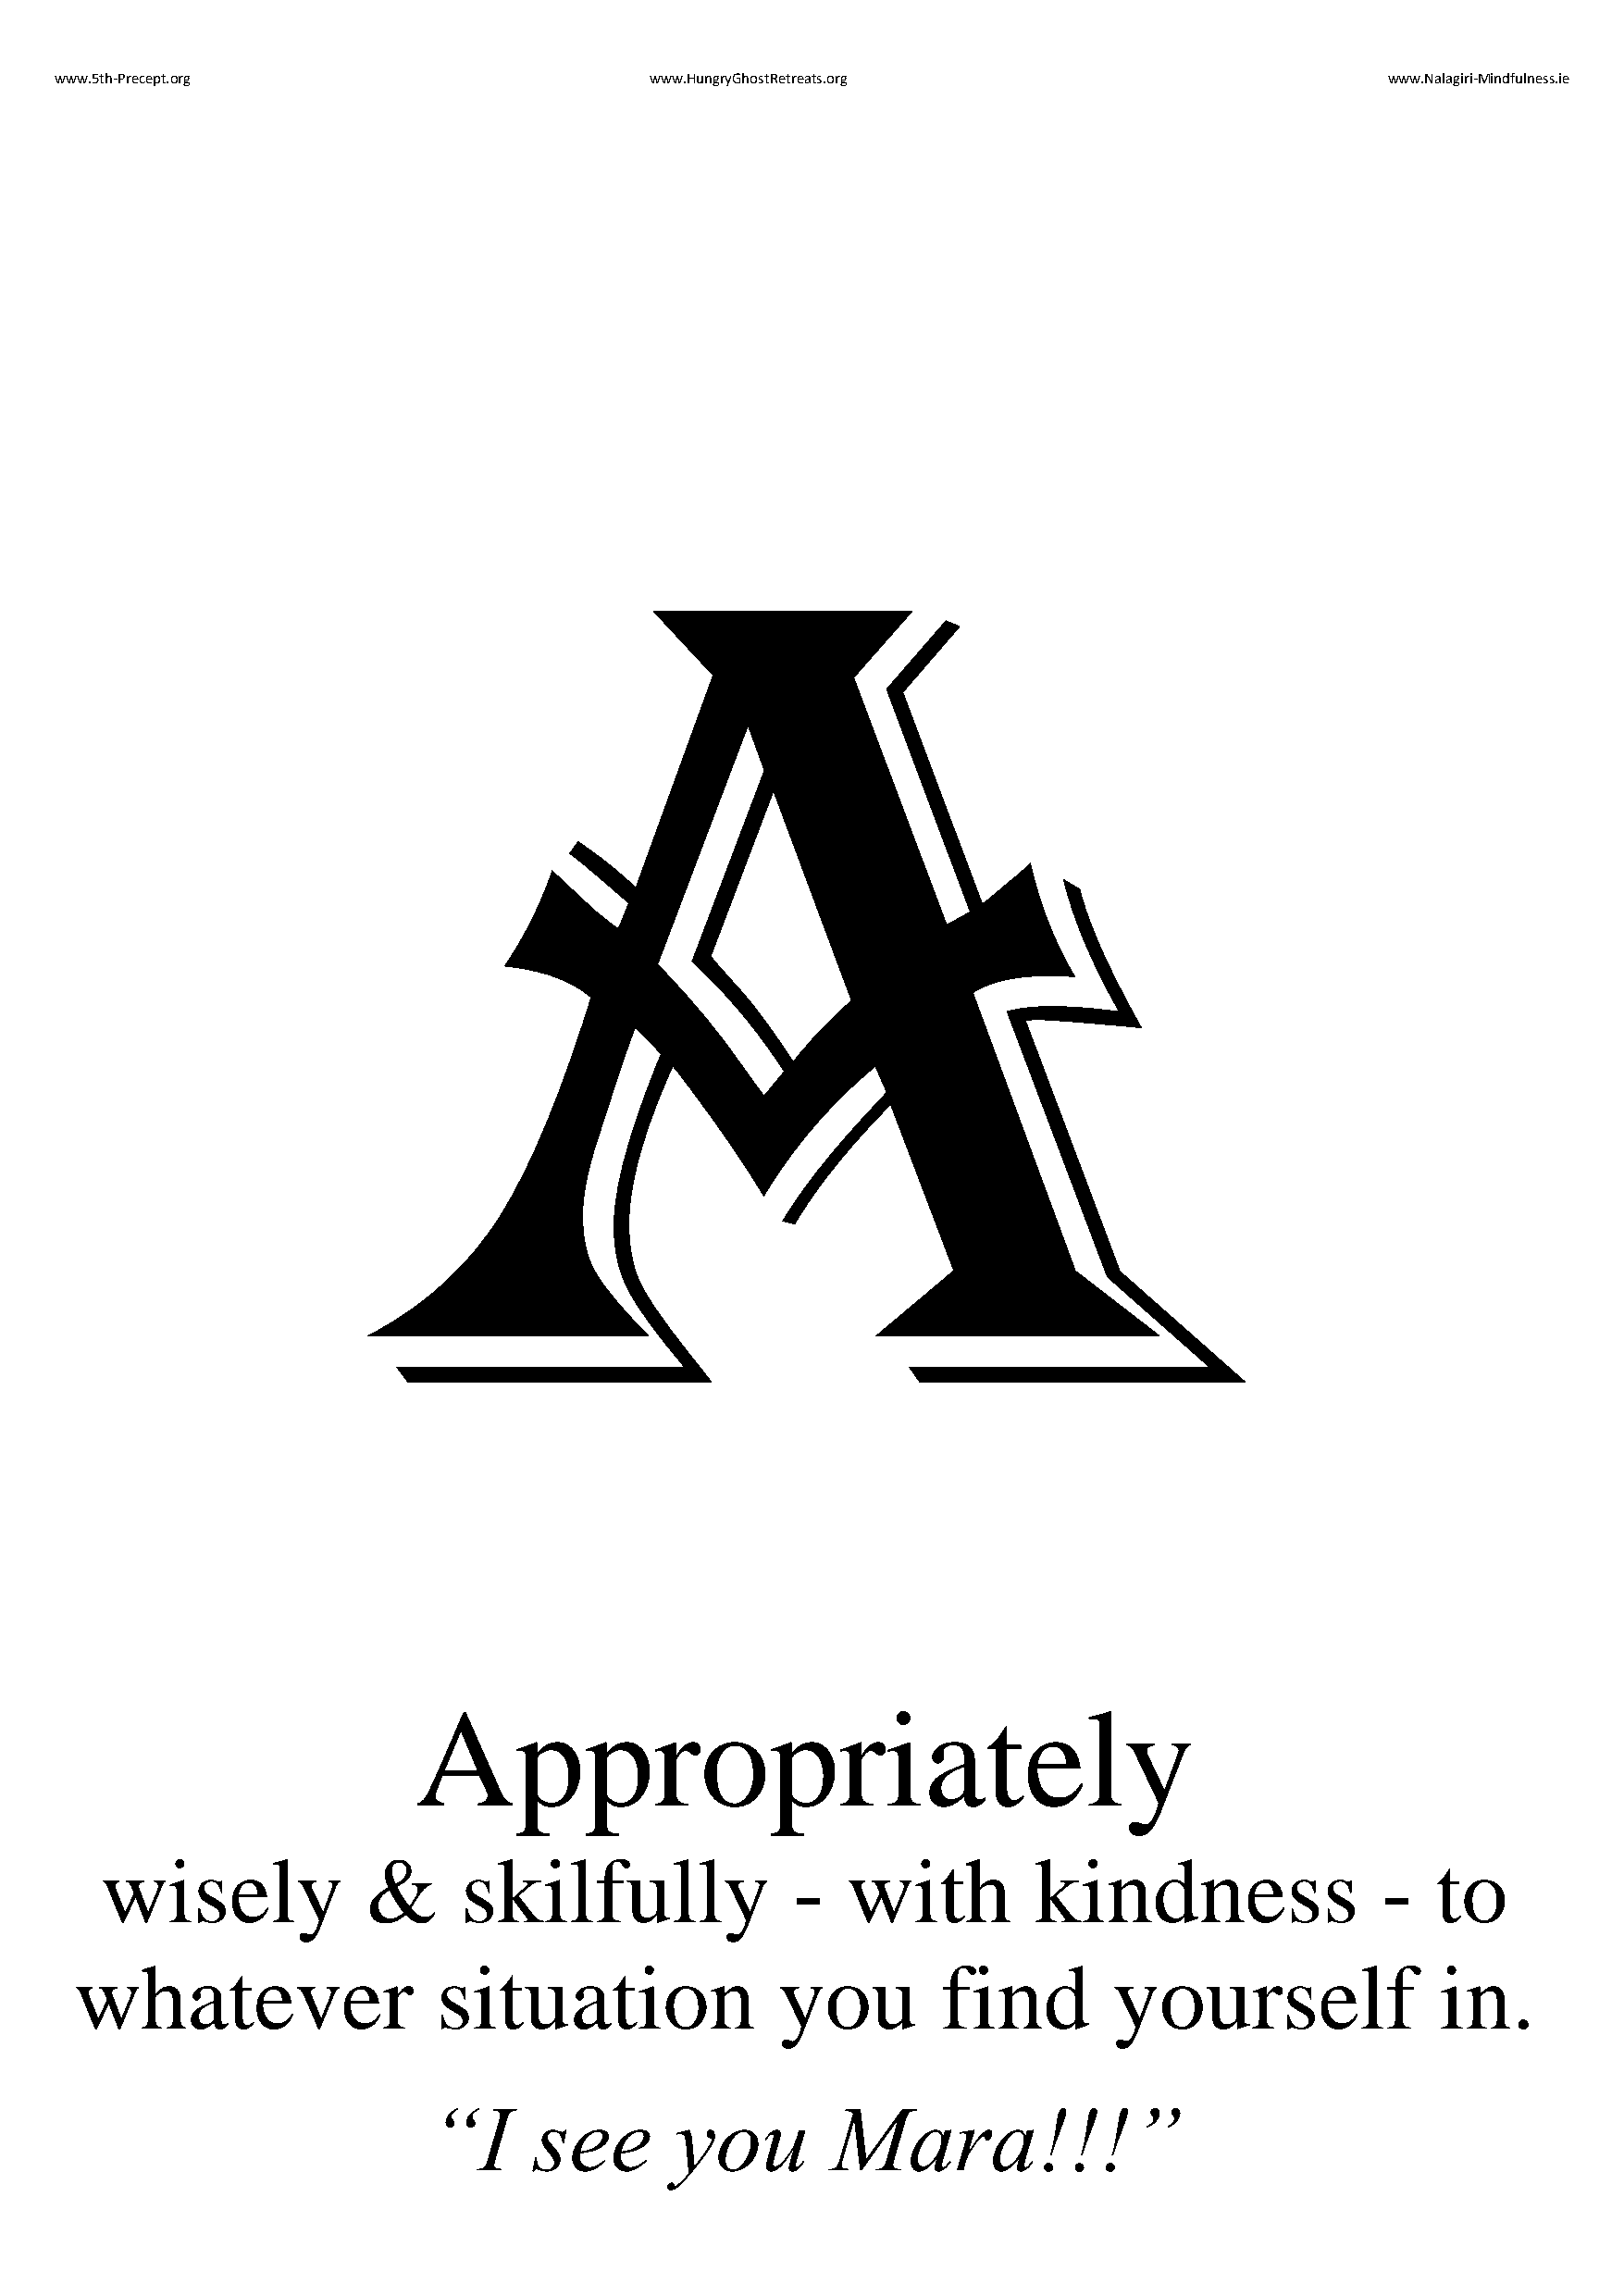
www.5th-Precept.org                       www.HungryGhostRetreats.org                          www.Nalagiri-Mindfulness.ie
 A
 Appropriately
 wisely             &      skilfully               -   with         kindness                 -   to
 whatever                  situation                you        find         yourself               in.
 “I     see       you        Mara!!!”